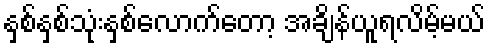
နှစ်နှစ်သုံးနှစ်လောက်တော့ အချိန်ယူရလိမ့်မယ်